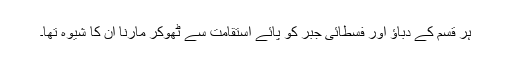
ہر قسم کے دباؤ اور فسطائی جبر کو پائے استقامت سے ٹھوکر مارنا ان کا شیوہ تھا۔